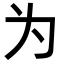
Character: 为